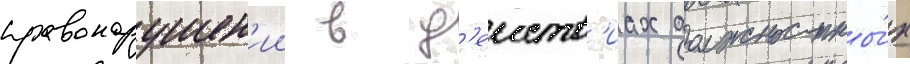
правонарушен'ии в д'еиств'иах должностны́х